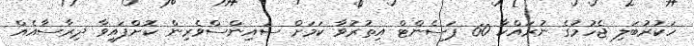
ހަކުރުބަލި ޖެހުމުގެ ނުރައްކާ 60 ޕަސެންޓް އިތުރުވާ ކަމަށް ސައިންސްވެރިން ކޮށްފައިވާ ދިރާސާއެއް